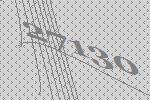
27130